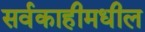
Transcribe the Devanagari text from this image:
सर्वकाहीमधील